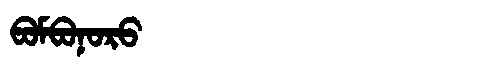
Manchu: ᠪᠣᠮᠪᠣᠨᠣᡵᠣ
Romanization: BOMBONORO